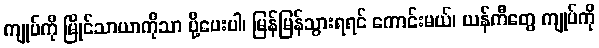
ကျုပ်ကို မြိုင်သာယာကိုသာ ပို့ပေးပါ၊ မြန်မြန်သွားရရင် ကောင်းမယ်၊ ယန်ကီတွေ ကျုပ်ကို